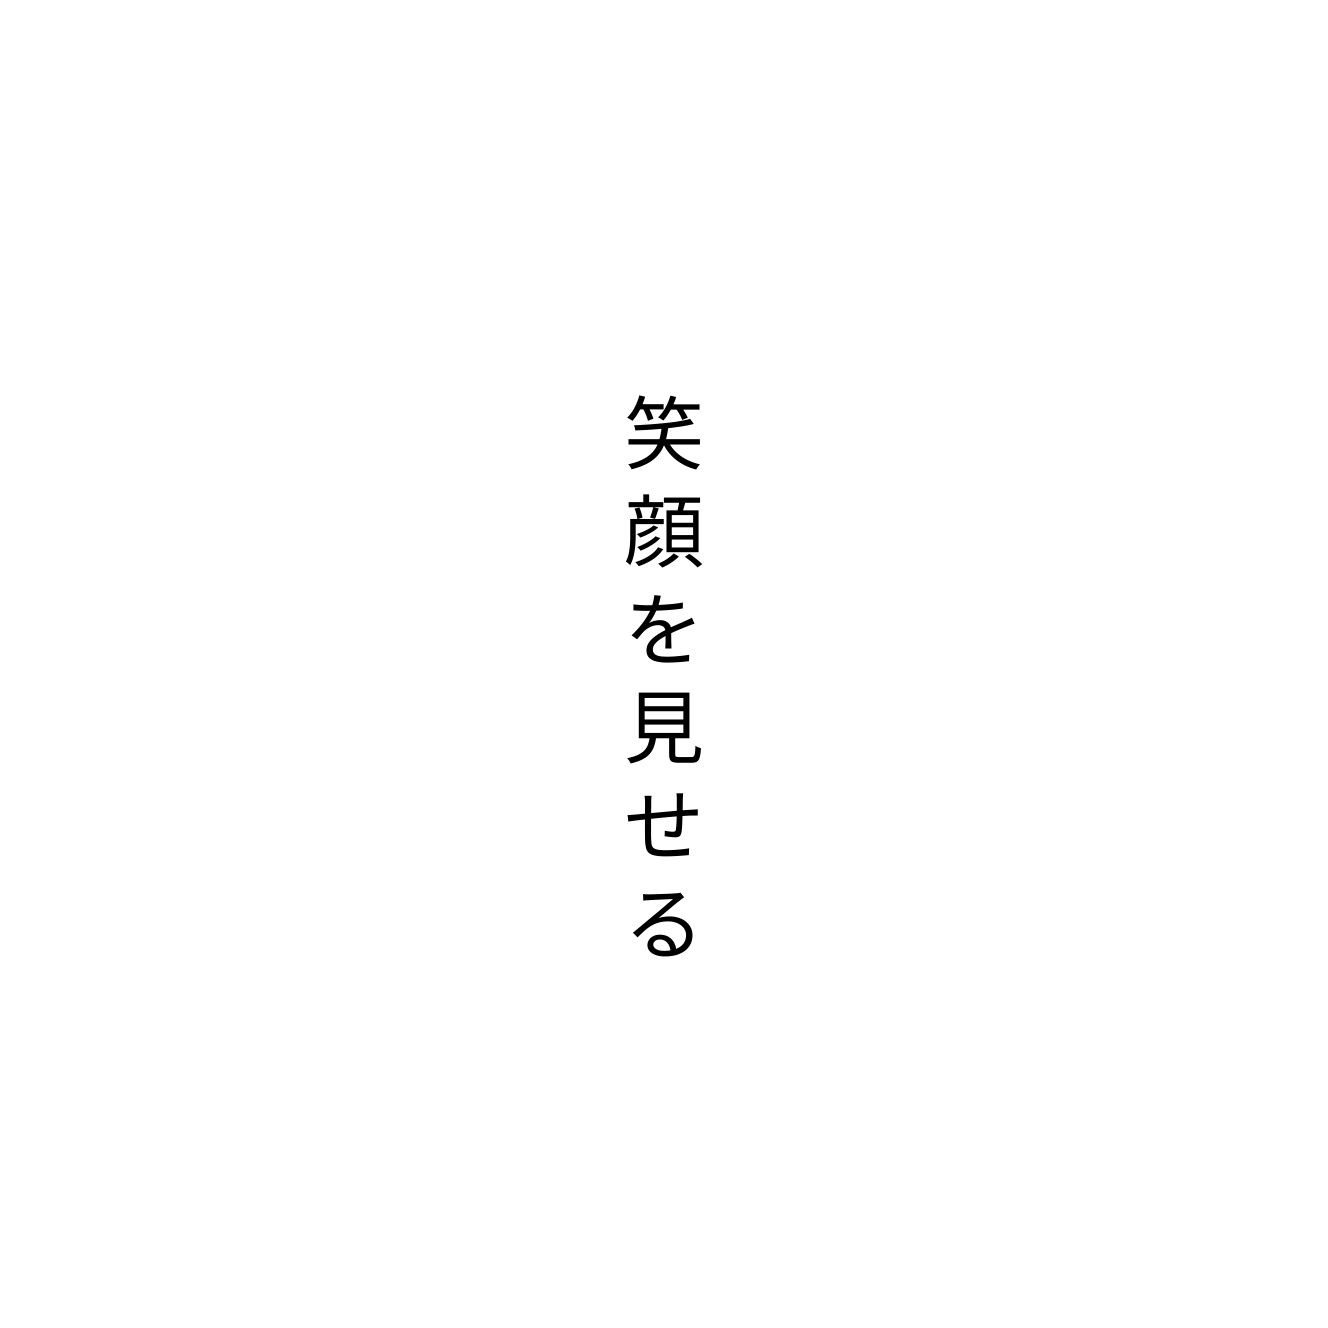
笑顔を見せる